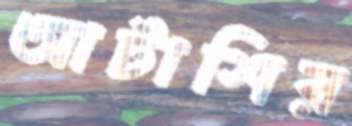
আটাশির